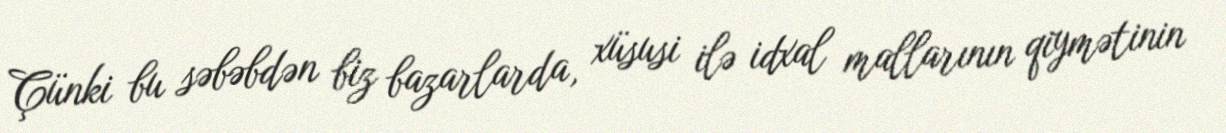
Çünki bu səbəbdən biz bazarlarda, xüsusi ilə idxal mallarının qiymətinin